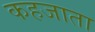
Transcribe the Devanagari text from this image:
कहजाता